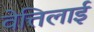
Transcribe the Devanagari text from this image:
वेत्तिलाई